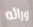
ورائه